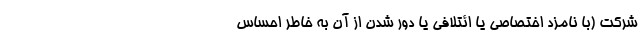
شرکت (با نامزد اختصاصی یا ائتلافی یا دور شدن از آن به خاطر احساس